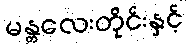
မန္တလေးတိုင်းနှင့်